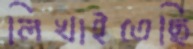
লিখাইতেছি